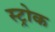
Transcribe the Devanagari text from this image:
स्‍ट्रोक